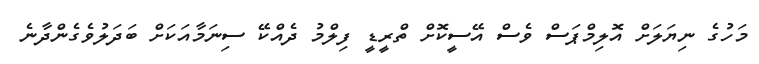
މަހުގެ ނިޔަލަށް އޮލިމްޕަސް ވެސް އޭސީކޮށް ތްރީޑީ ފިލްމު ދެއްކޭ ސިނަމާއަކަށް ބަދަލުވެގެންދާނެ